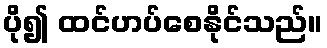
ပို၍ ထင်ဟပ်စေနိုင်သည်။